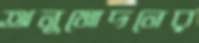
অনুমোদনের